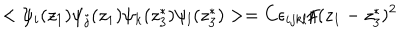
< \psi _ { i } ( z _ { 1 } ) \psi _ { j } ( z _ { 1 } ) \psi _ { k } ( z _ { 3 } ^ { * } ) \psi _ { l } ( z _ { 3 } ^ { * } ) > = C \epsilon _ { i j k l } / ( z _ { 1 } - z _ { 3 } ^ { * } ) ^ { 2 }